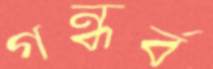
গন্ধর্ব